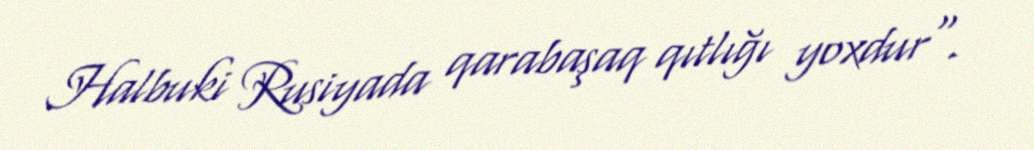
Halbuki Rusiyada qarabaşaq qıtlığı yoxdur".